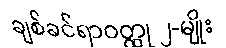
ချစ်ခင်ရာဝတ္ထု ၂-မျိုး